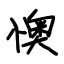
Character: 懊